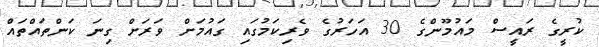
ކުރީގެ ރައީސް މައުމޫންގެ 30 އަހަރުގެ ވެރިކަމުގައި ގައުމަށް ވަރަށް ގިނަ ކަންތައްތައް